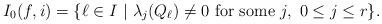
LaTeX: \begin{align*}I_0(f,i)=\{\ell\in I\ |\ \lambda_j(Q_\ell)\neq 0\mbox{ for some } j,\ 0\leq j\leq r\}.\end{align*}